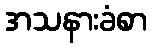
အသနားခံစာ